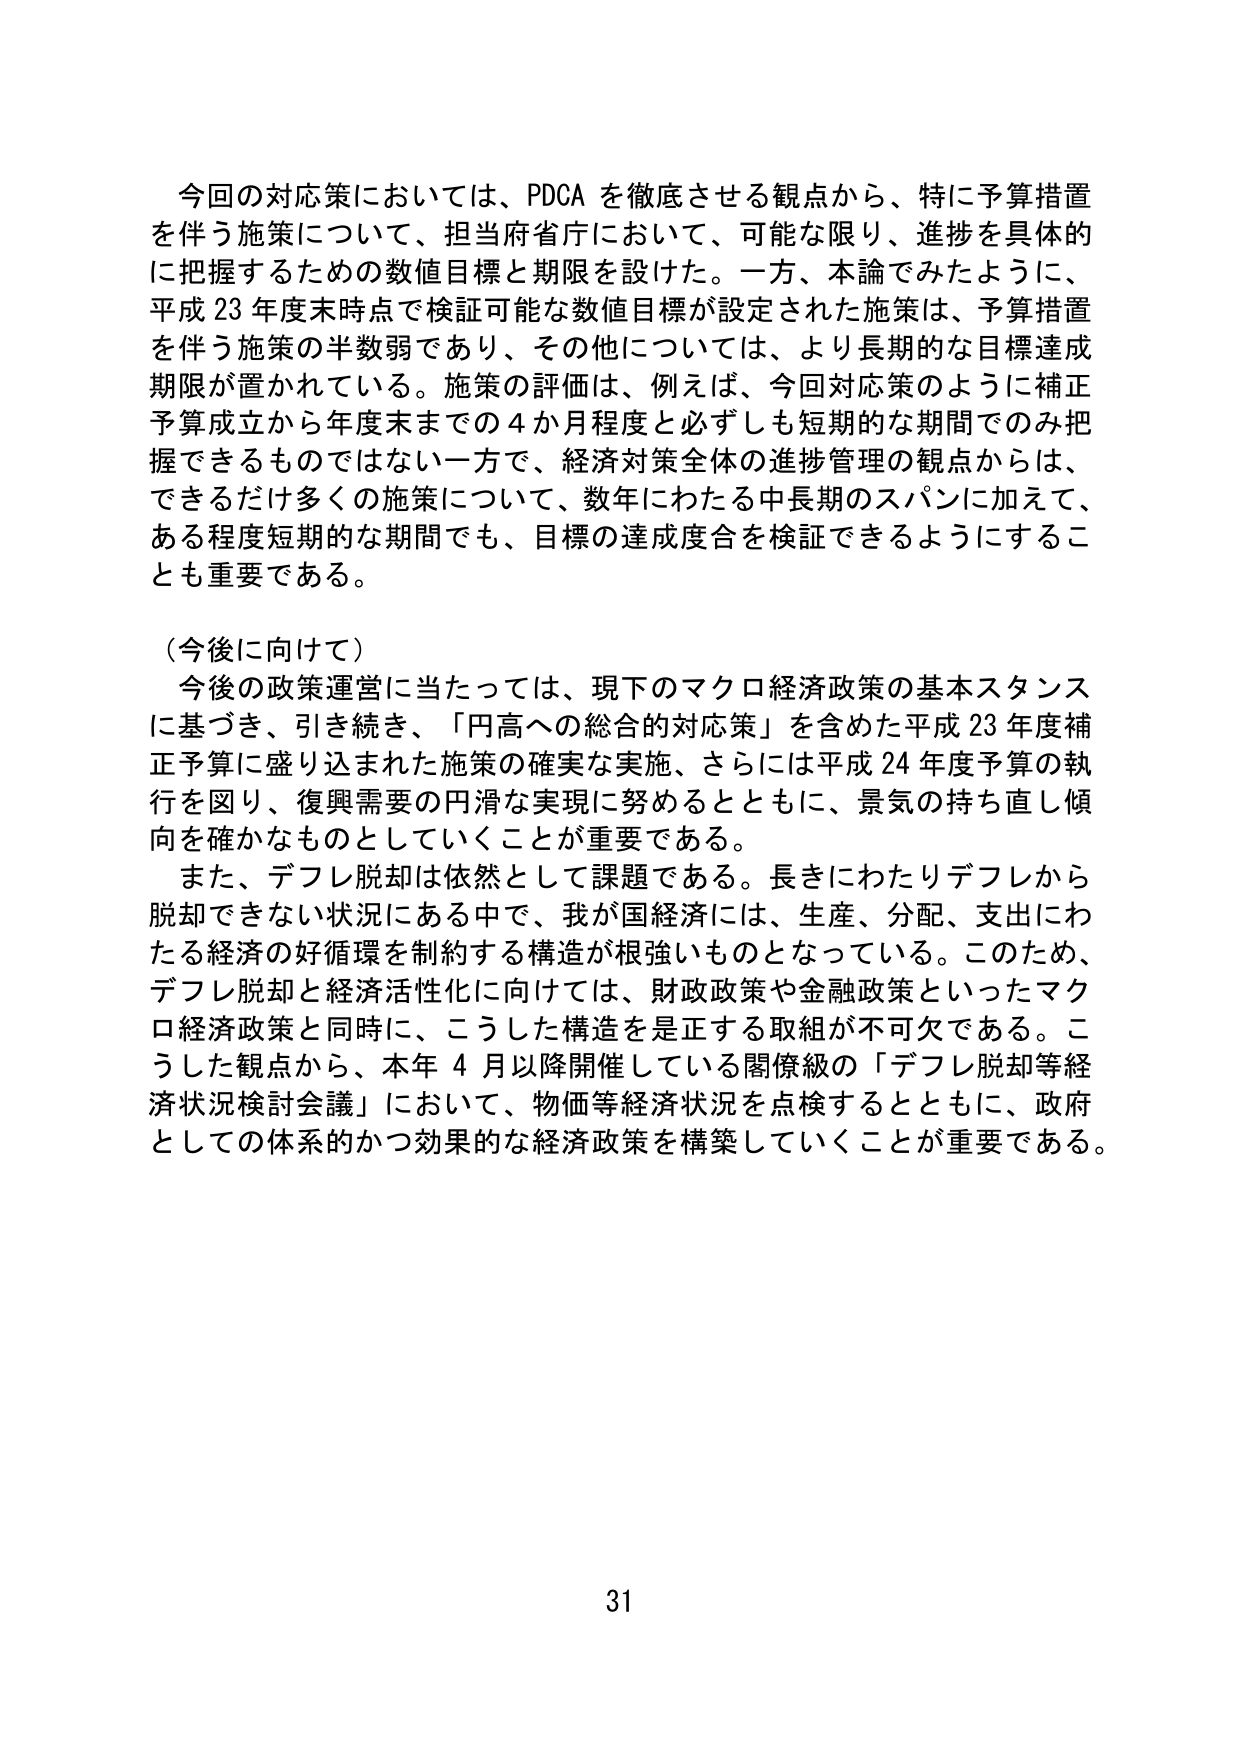
今回の対応策においては、PDCA を徹底させる観点から、特に予算措置を伴う施策について、担当府省庁において、可能な限り、進捗を具体的に把握するための数値目標と期限を設けた。一方、本論でみたように、平成 23 年度末時点で検証可能な数値目標が設定された施策は、予算措置を伴う施策の半数弱であり、その他については、より長期的な目標達成期限が置かれている。施策の評価は、例えば、今回対応策のように補正予算成立から年度末までの 4 か月程度と必ずしも短期的な期間でのみ把握できるものではない一方で、経済対策全体の進捗管理の観点からは、できるだけ多くの施策について、数年にわたる中長期のスパンに加えて、ある程度短期的な期間でも、目標の達成度合を検証できるようにすることも重要である。

（今後に向けて）
今後の政策運営に当たっては、現下のマクロ経済政策の基本スタンスに基づき、引き続き、「円高への総合的対応策」を含めた平成 23 年度補正予算に盛り込まれた施策の確実な実施、さらには平成 24 年度予算の執行を図り、復興需要の円滑な実現に努めるとともに、景気の持ち直し傾向を確かなものとしていくことが重要である。
また、デフレ脱却は依然として課題である。長きにわたりデフレから脱却できない状況にある中で、我が国経済には、生産、分配、支出にわたる経済の好循環を制約する構造が根強いものとなっている。このため、デフレ脱却と経済活性化に向けては、財政政策や金融政策といったマクロ経済政策と同時に、こうした構造を是正する取組が不可欠である。こうした観点から、本年 4 月以降開催している閣僚級の「デフレ脱却等経済状況検討会議」において、物価等経済状況を点検するとともに、政府としての体系的かつ効果的な経済政策を構築していくことが重要である。

31